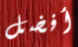
أفضل